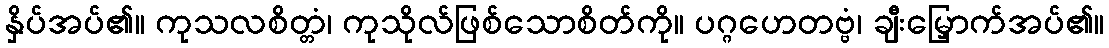
နှိပ်အပ်၏။ ကုသလစိတ္တံ၊ ကုသိုလ်ဖြစ်သောစိတ်ကို။ ပဂ္ဂဟေတဗ္ဗံ၊ ချီးမြှောက်အပ်၏။